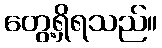
တွေ့ရှိရသည်။